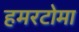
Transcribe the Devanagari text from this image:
हमरटोमा